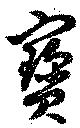
寶